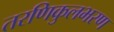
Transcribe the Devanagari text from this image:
तरणिकुलभरण